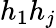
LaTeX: h_{1}h_{j}